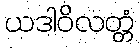
ယဒါဝိလတ္တံ